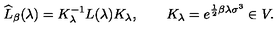
\widehat { L } _ { \beta } ( \lambda ) = K _ { \lambda } ^ { - 1 } L ( \lambda ) K _ { \lambda } , \qquad K _ { \lambda } = e ^ { \frac 1 2 \beta \lambda \sigma ^ { 3 } } \in V .